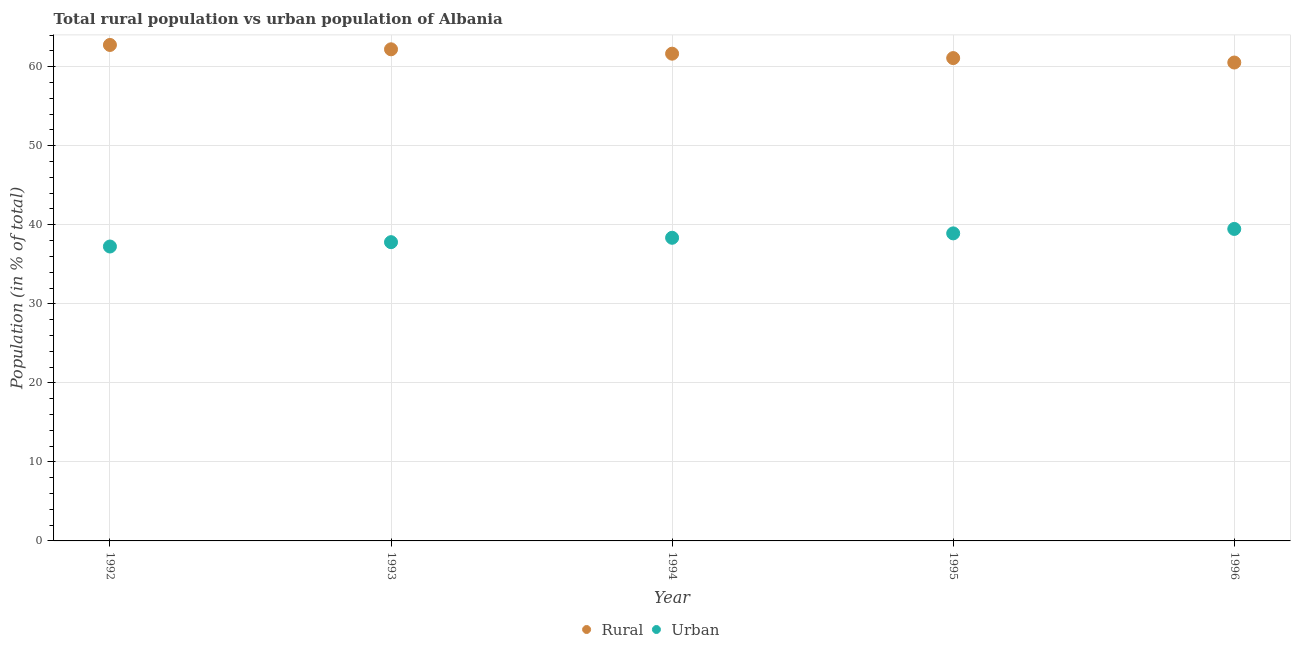
| Year | Rural | Urban |
 | --- | --- | --- |
 | 1992 | 62.8 | 37.2 |
 | 1993 | 62.2 | 37.8 |
 | 1994 | 61.6 | 38.4 |
 | 1995 | 61.1 | 38.9 |
 | 1996 | 60.5 | 39.5 |